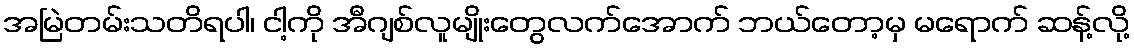
အမြဲတမ်းသတိရပါ၊ ငါ့ကို အီဂျစ်လူမျိုးတွေလက်အောက် ဘယ်တော့မှ မရောက် ဆန့်လို့